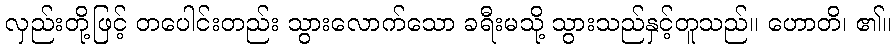
လှည်းတို့ဖြင့် တပေါင်းတည်း သွားလောက်သော ခရီးမသို့ သွားသည်နှင့်တူသည်။ ဟောတိ၊ ၏။